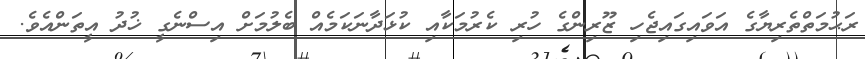
ރަޙުމަތްތެރިޔާގެ އަވައިގައިޖެހި ޒޫރިންގެ ހުރި ކެރުމަކާއި ކުޅަދާނަކަމެއް ބެލުމަށް އިސްނެގީ ޚުދު އީތަންއެވެ.